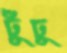
ঢুঁঢু